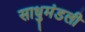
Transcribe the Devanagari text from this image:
साधुमंडली